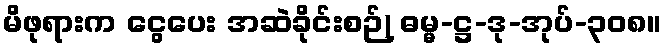
မိဖုရားက ငွေပေး အဆဲခိုင်းစဉ်) ဓမ္မ-ဋ္ဌ-ဒု-အုပ်-၃၀၈။